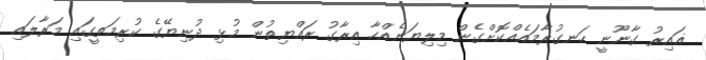
ޣައިރު ގާނޫނީ ހަނގުރާމައެއްކޮށްގެން މިލިޔަނެއްހާ އިރާގު ރައްޔިތުން މުޅި ދުނިޔޭގެ ކުރިމަތީގައި މަރާލައި